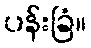
ပန်းခြံ။